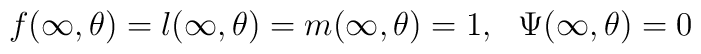
f(\infty,\theta)=l(\infty,\theta)=m(\infty,\theta)=1,\ \ \Psi(\infty,\theta)=0